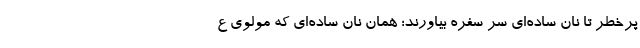
پرخطر تا نان ساده‌ای سر سفره بیاورند؛ همان نان ساده‌ای که مولوی ع